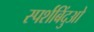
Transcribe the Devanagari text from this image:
स्पर्शबिंदुओ